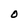
Character: O